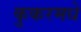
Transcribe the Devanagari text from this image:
कुकरमधे